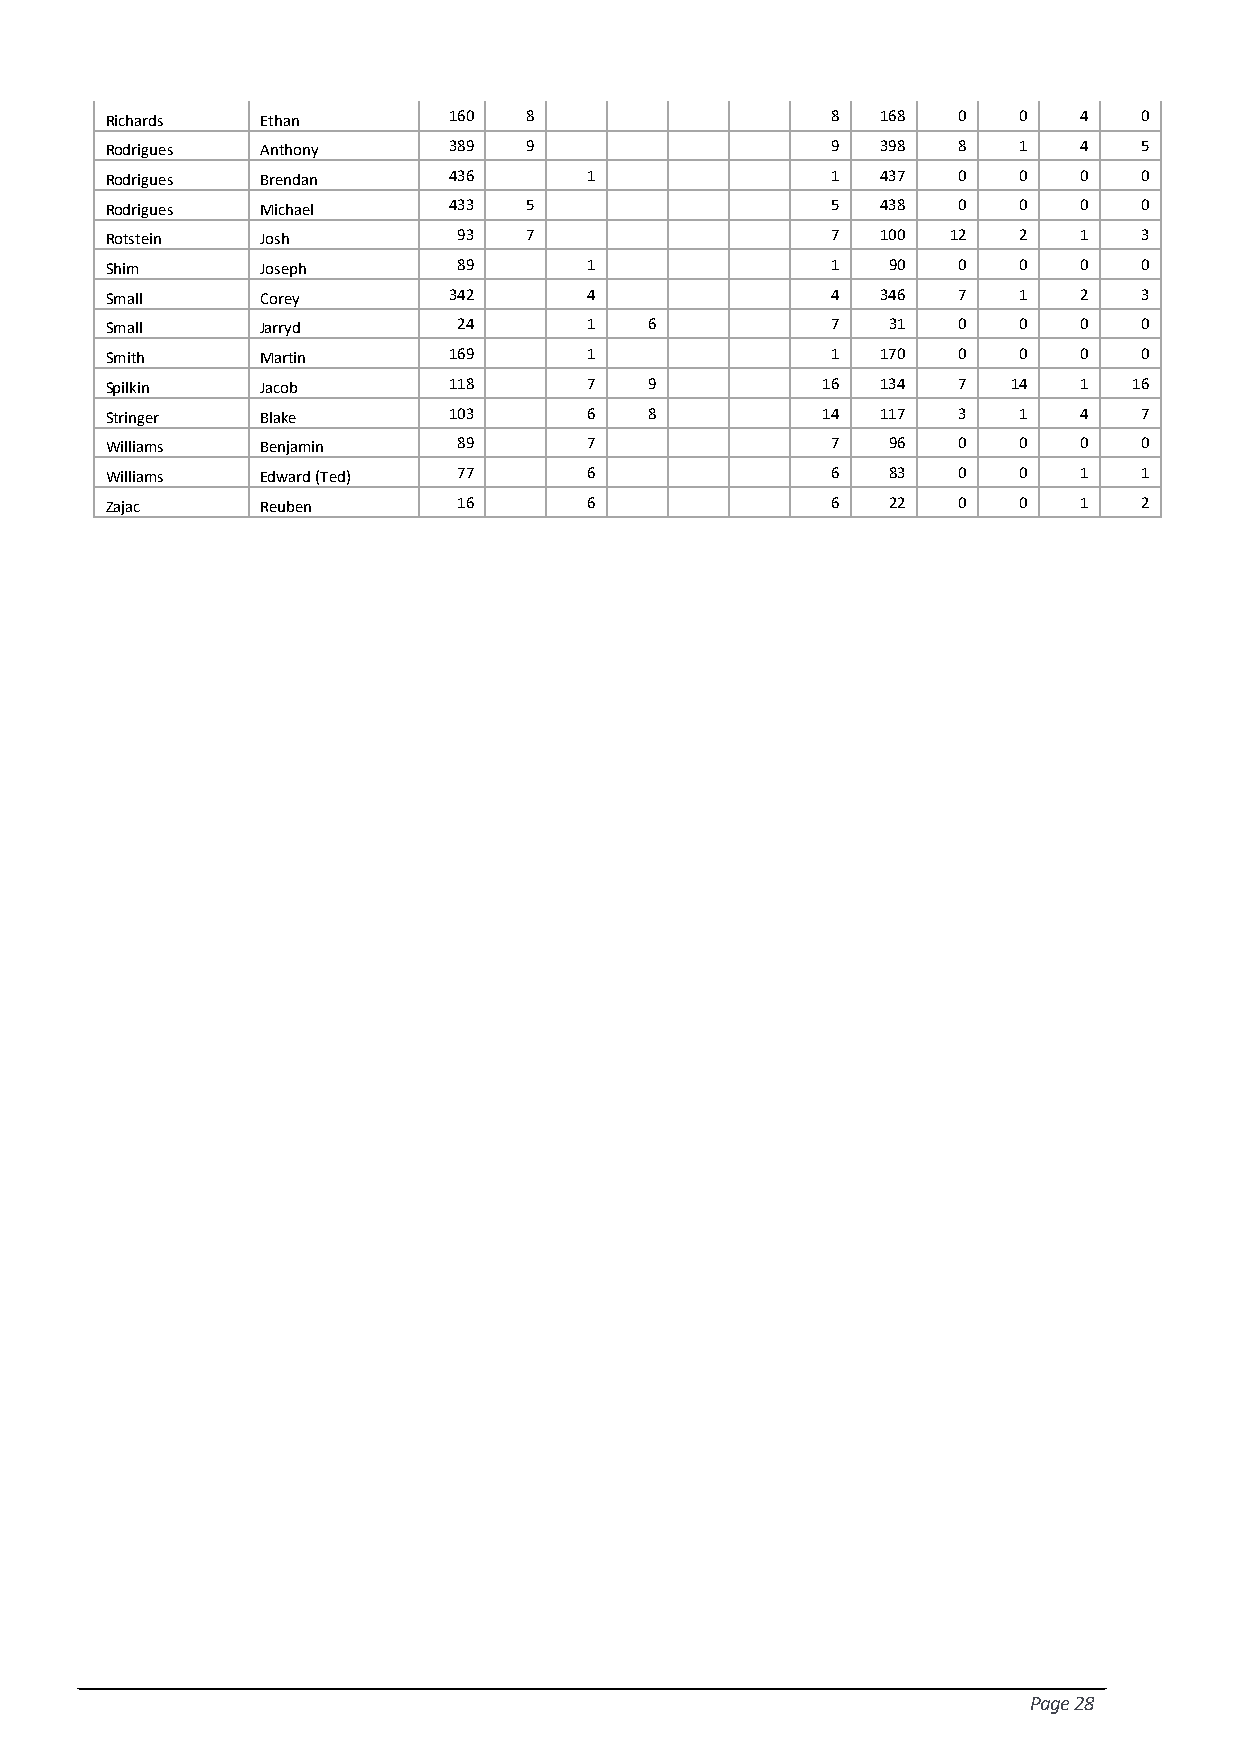
Richards  Ethan        160  8                   8  168  0   0   4   0
 Rodrigues Anthony      389  9                   9  398  8   1   4   5
 Rodrigues Brendan      436      1               1  437  0   0   0   0
 Rodrigues Michael      433  5                   5  438  0   0   0   0
 Rotstein  Josh         93   7                   7  100  12  2   1   3
 Shim      Joseph       89       1               1   90  0   0   0   0
 Small     Corey        342      4               4  346  7   1   2   3
 Small     Jarryd       24       1   6           7   31  0   0   0   0
 Smith     Martin       169      1               1  170  0   0   0   0
 Spilkin   Jacob        118      7   9          16  134  7   14  1   16
 Stringer  Blake        103      6   8          14  117  3   1   4   7
 Williams  Benjamin     89       7               7   96  0   0   0   0
 Williams  Edward (Ted) 77       6               6   83  0   0   1   1
 Zajac     Reuben       16       6               6   22  0   0   1   2
 Page 28